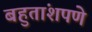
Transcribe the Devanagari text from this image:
बहुतांशपणे